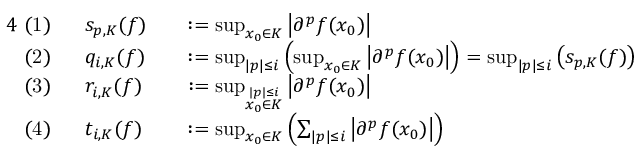
{ \begin{array} { r l r l } { { 4 } { \mathrm { ~ ( 1 ) ~ } } \ } & { s _ { p , K } ( f ) } & & { : = \operatorname* { s u p } _ { x _ { 0 } \in K } \left| \partial ^ { p } f ( x _ { 0 } ) \right| } \\ { { \mathrm { ~ ( 2 ) ~ } } \ } & { q _ { i , K } ( f ) } & & { : = \operatorname* { s u p } _ { | p | \leq i } \left( \operatorname* { s u p } _ { x _ { 0 } \in K } \left| \partial ^ { p } f ( x _ { 0 } ) \right| \right) = \operatorname* { s u p } _ { | p | \leq i } \left( s _ { p , K } ( f ) \right) } \\ { { \mathrm { ~ ( 3 ) ~ } } \ } & { r _ { i , K } ( f ) } & & { : = \operatorname* { s u p } _ { \stackrel { | p | \leq i } { x _ { 0 } \in K } } \left| \partial ^ { p } f ( x _ { 0 } ) \right| } \\ { { \mathrm { ~ ( 4 ) ~ } } \ } & { t _ { i , K } ( f ) } & & { : = \operatorname* { s u p } _ { x _ { 0 } \in K } \left( \sum _ { | p | \leq i } \left| \partial ^ { p } f ( x _ { 0 } ) \right| \right) } \end{array} }